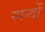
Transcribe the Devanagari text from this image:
स्पन्दों